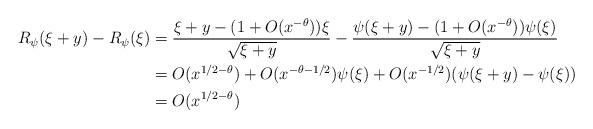
LaTeX: \begin{align*}R_\psi(\xi+y) - R_\psi(\xi) &= \frac{\xi+y -(1+O(x^{-\theta})) \xi}{\sqrt{\xi+y}} - \frac{\psi(\xi+y) - (1+O(x^{-\theta}))\psi(\xi)}{\sqrt{\xi+y}} \\&= O(x^{1/2-\theta}) + O(x^{-\theta - 1/2}) \psi(\xi) + O(x^{-1/2}) (\psi(\xi+y) - \psi(\xi)) \\&= O(x^{1/2-\theta})\end{align*}